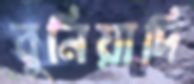
বুনিয়াদি